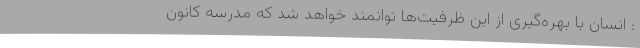
: انسان با بهره‌گیری از این ظرفیت‌ها توانمند خواهد شد که مدرسه کانون